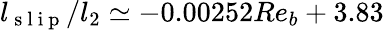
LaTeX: l_{\mathrm{~s~l~i~p~}}/l_{2}\simeq-0.00252Re_{b}+3.83